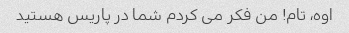
اوه، تام! من فکر می کردم شما در پاریس هستید